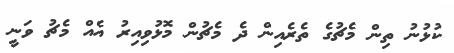
ކުޅުނު ތިން މެޗުގެ ތެރެއިން ދެ މެޗުން މޮޅުވިއިރު އެއް މެޗު ވަނީ